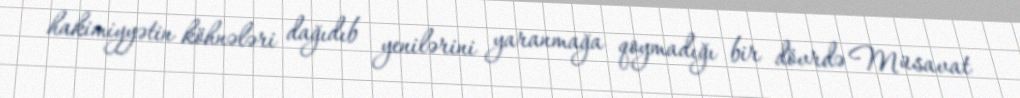
hakimiyyətin köhnələri dağıdıb yenilərini yaranmağa qoymadığı bir dövrdə Müsavat